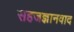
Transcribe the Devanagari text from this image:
सहजज्ञानवाद